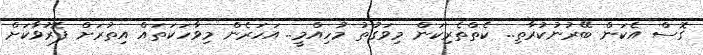
ގޮސް އެކަން ބޭރުނުކުރާތި.. ކެތްތެރިކަން މިވަގުތު މުހިއްމީ.. އަހަރެން މިވާހަކަތައް އިތުރަށް ފޮރުވާކަށް